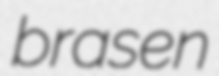
brasen